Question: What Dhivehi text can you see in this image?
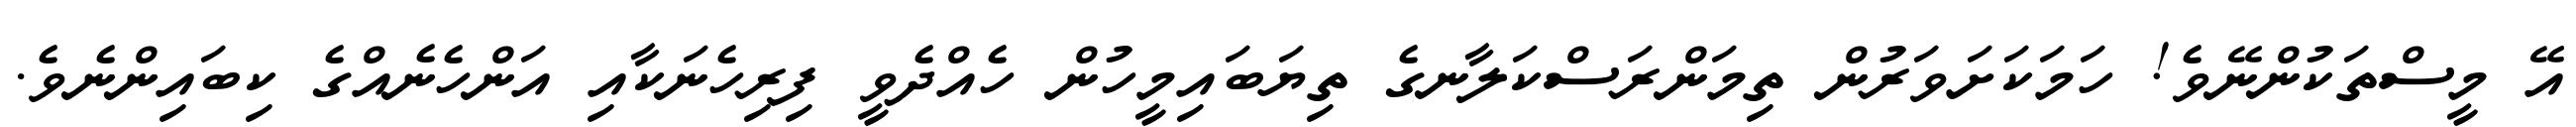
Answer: އޭ މީސްތަކުންނޭވެ! ހަމަކަށަވަރުން ތިމަންރަސްކަލާނގެ ތިޔަބައިމީހުން ހެއްދެވީ ފިރިހެނަކާއި އަންހެނެއްގެ ކިބައިންނެވެ.